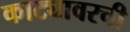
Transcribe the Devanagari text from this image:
काट्यावरची